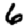
Digit: 6